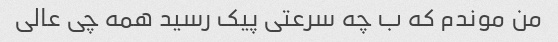
من موندم که ب چه سرعتی پیک رسید همه چی عالی